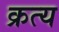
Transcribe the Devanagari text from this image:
क्रत्य